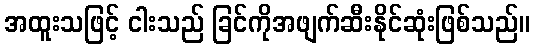
အထူးသဖြင့် ငါးသည် ခြင်ကိုအဖျက်ဆီးနိုင်ဆုံးဖြစ်သည်။